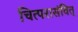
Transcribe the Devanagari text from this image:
चित्परासंवित्